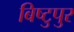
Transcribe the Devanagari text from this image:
बिष्टुपुर